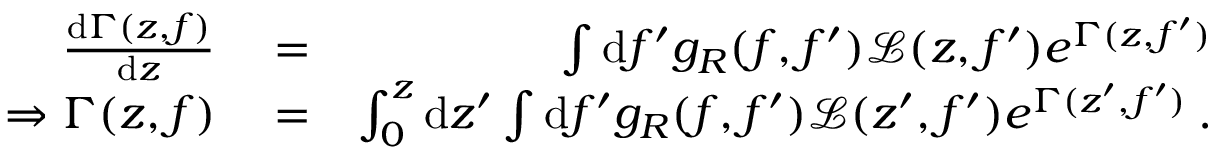
\begin{array} { r l r } { \frac { \mathrm { d } \Gamma ( z , f ) } { \mathrm { d } z } } & { { } = } & { \int \mathrm { d } f ^ { \prime } g _ { R } ( f , f ^ { \prime } ) \mathcal { L } ( z , f ^ { \prime } ) e ^ { \Gamma ( z , f ^ { \prime } ) } } \\ { \Rightarrow \Gamma ( z , f ) } & { { } = } & { \int _ { 0 } ^ { z } \mathrm { d } z ^ { \prime } \int \mathrm { d } f ^ { \prime } g _ { R } ( f , f ^ { \prime } ) \mathcal { L } ( z ^ { \prime } , f ^ { \prime } ) e ^ { \Gamma ( z ^ { \prime } , f ^ { \prime } ) } \: . } \end{array}